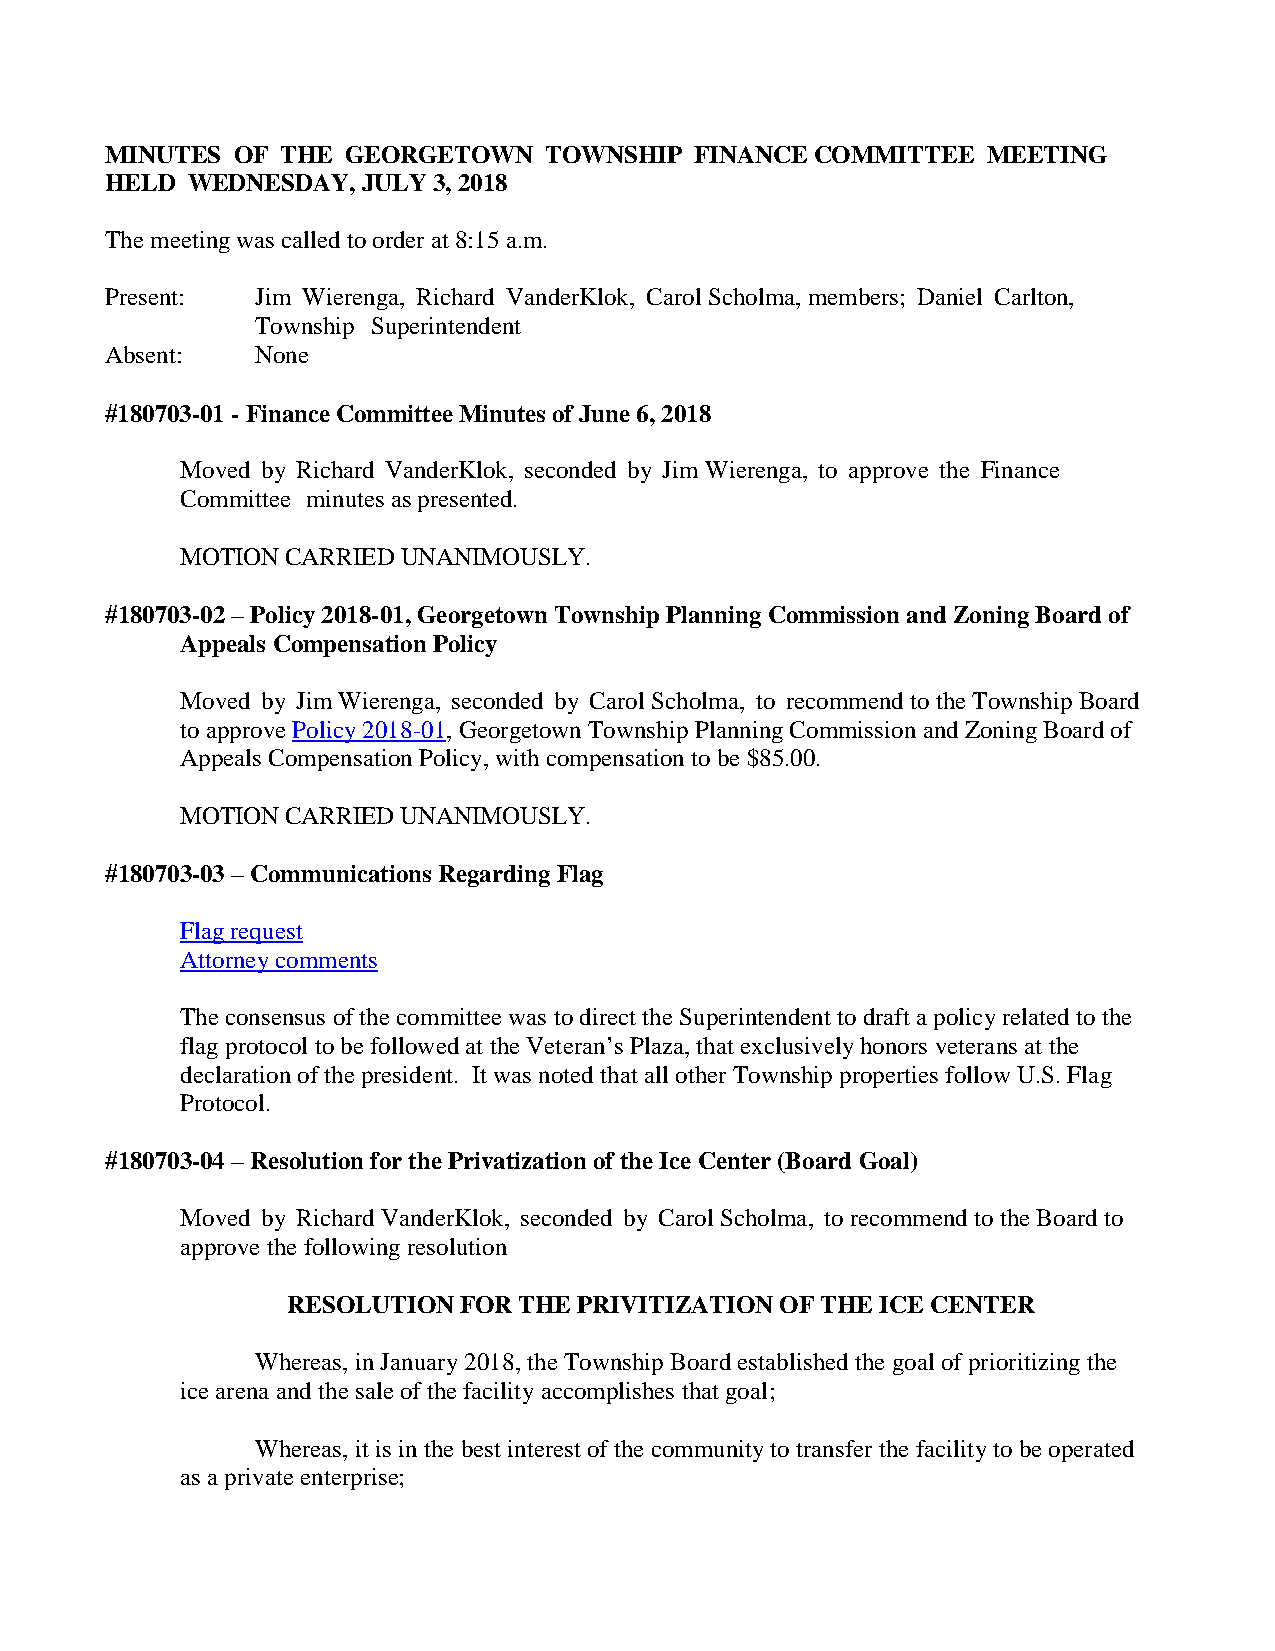
MINUTES OF  THE GEORGETOWN   TOWNSHIP  FINANCE COMMITTEE  MEETING
 HELD WEDNESDAY,  JULY 3, 2018
 The meeting was called to order at 8:15 a.m.
 Present:  Jim Wierenga, Richard VanderKlok, Carol Scholma, members; Daniel Carlton,
 Township Superintendent
 Absent:   None
 #180703-01 - Finance Committee Minutes of June 6, 2018
 Moved by Richard VanderKlok, seconded by Jim Wierenga, to approve the Finance
 Committee minutes as presented.
 MOTION CARRIED UNANIMOUSLY.
 #180703-02 – Policy 2018-01, Georgetown Township Planning Commission and Zoning Board of
 Appeals Compensation Policy
 Moved by Jim Wierenga, seconded by Carol Scholma, to recommend to the Township Board
 to approve Policy 2018-01, Georgetown Township Planning Commission and Zoning Board of
 Appeals Compensation Policy, with compensation to be $85.00.
 MOTION CARRIED UNANIMOUSLY.
 #180703-03 – Communications Regarding Flag
 Flag request
 Attorney comments
 The consensus of the committee was to direct the Superintendent to draft a policy related to the
 flag protocol to be followed at the Veteran’s Plaza, that exclusively honors veterans at the
 declaration of the president. It was noted that all other Township properties follow U.S. Flag
 Protocol.
 #180703-04 – Resolution for the Privatization of the Ice Center (Board Goal)
 Moved by Richard VanderKlok, seconded by Carol Scholma, to recommend to the Board to
 approve the following resolution
 RESOLUTION FOR THE PRIVITIZATION OF THE ICE CENTER
 Whereas, in January 2018, the Township Board established the goal of prioritizing the
 ice arena and the sale of the facility accomplishes that goal;
 Whereas, it is in the best interest of the community to transfer the facility to be operated
 as a private enterprise;